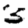
Digit: 5